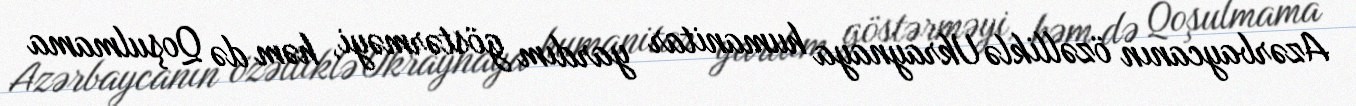
Azərbaycanın özəlliklə Ukraynaya humanitar yardım göstərməyi, həm də Qoşulmama